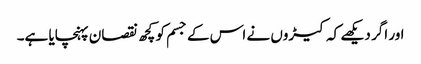
اور اگر دیکھے کہ کیڑوں نے اس کے جسم کو کچھ نقصان پہنچایا ہے۔